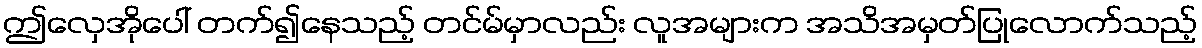
ဤလှေအိုပေါ် တက်၍နေသည့် တင်မ်မှာလည်း လူအများက အသိအမှတ်ပြုလောက်သည့်